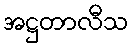
အဋ္ဌတာလီသ